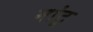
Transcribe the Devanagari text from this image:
मांटू